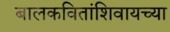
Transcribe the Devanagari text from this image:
बालकवितांशिवायच्या